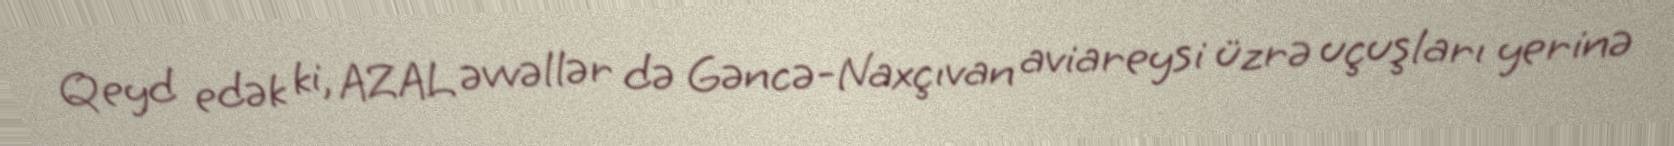
Qeyd edək ki, AZAL əvvəllər də Gəncə-Naxçıvan aviareysi üzrə uçuşları yerinə